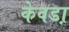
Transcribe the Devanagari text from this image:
केवडा़